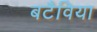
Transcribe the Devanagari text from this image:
बटैविया